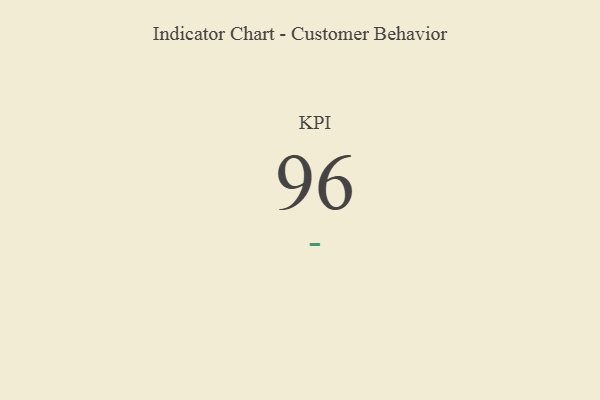
{"axis": {"x": "KPI", "y": "Value"}, "legend": [""], "data": [{"x": "KPI", "y": 96, "type": ""}]}